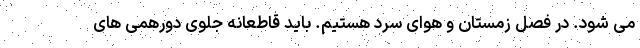
می شود. در فصل زمستان و هوای سرد هستیم. باید قاطعانه جلوی دورهمی های